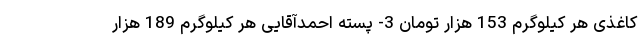
کاغذی هر کیلوگرم 153 هزار تومان 3- پسته احمدآقایی هر کیلوگرم 189 هزار